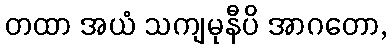
တထာ အယံ သကျမုနီပိ အာဂတော,